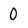
Character: 0